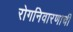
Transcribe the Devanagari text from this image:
रोगनिवारणाची